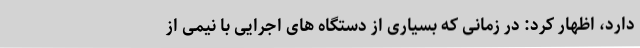
دارد، اظهار کرد: در زمانی که بسیاری از دستگاه های اجرایی با نیمی از